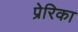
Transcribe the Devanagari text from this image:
प्रेरिका